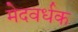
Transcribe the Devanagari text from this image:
मेदवर्धक